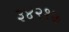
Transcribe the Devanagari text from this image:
३४२१७